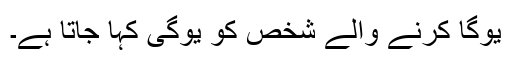
یوگا کرنے والے شخص کو یوگی کہا جاتا ہے۔